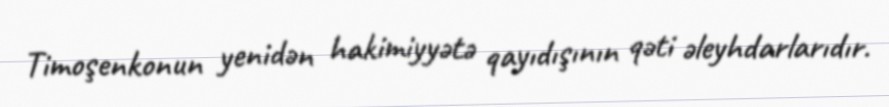
Timoşenkonun yenidən hakimiyyətə qayıdışının qəti əleyhdarlarıdır.